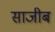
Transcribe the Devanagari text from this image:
साजीब